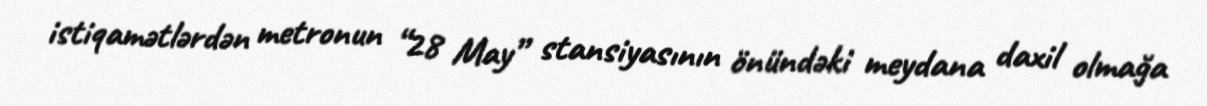
istiqamətlərdən metronun “28 May” stansiyasının önündəki meydana daxil olmağa